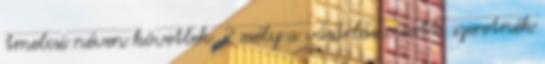
tmelcsi néven követlek, 2 esély a vásárlás miatt. szeretnék